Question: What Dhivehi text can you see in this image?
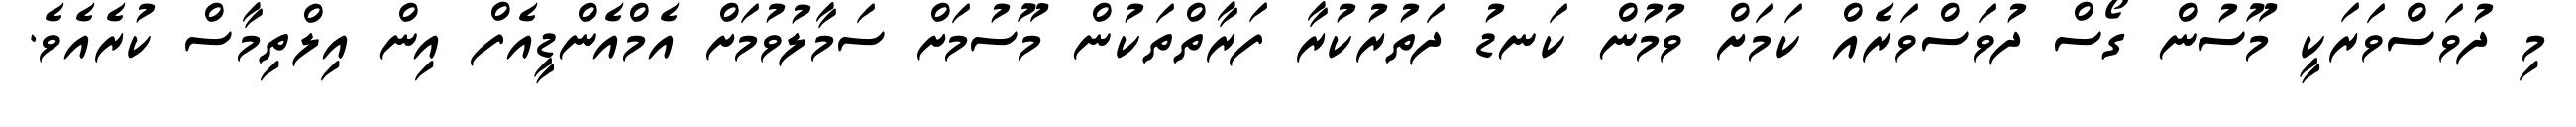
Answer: މި ދުވަސްވަރަކީ މޫސުން ގޯސް ދުވަސްވަރެއް ކަމަށް ވުމުން ކަނޑު ދަތުރުކުރާ ފަރާތްތަކުން މޫސުމަށް ސަމާލުވުމަށް އެމްއެންޑީއެފް އިން އިލްތިމާސް ކުރެއެވެ.